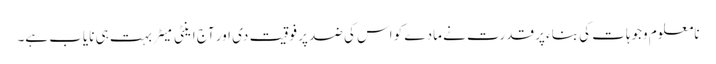
نامعلوم وجوہات کی بناء پر قدرت نے مادے کو اس کی ضد پر فوقیت دی اور آج اینٹی میَٹر بہت ہی نایاب ہے۔